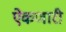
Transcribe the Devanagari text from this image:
ऐकणारी